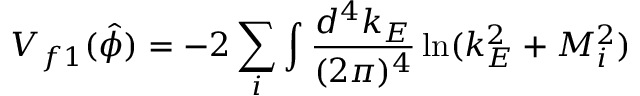
V _ { f 1 } ( \hat { \phi } ) = - 2 \sum _ { i } \int \frac { d ^ { 4 } k _ { E } } { ( 2 \pi ) ^ { 4 } } \ln ( k _ { E } ^ { 2 } + M _ { i } ^ { 2 } )